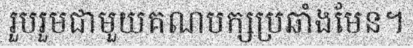
រួបរួមជាមួយគណបក្សប្រឆាំងមែន។